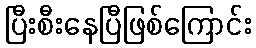
ပြီးစီးနေပြီဖြစ်ကြောင်း